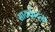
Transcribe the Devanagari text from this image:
सायक्रेट्स